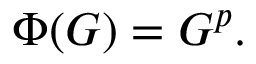
\Phi ( G ) = G ^ { p } .